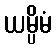
ယမ္ပိမံ